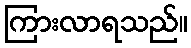
ကြားလာရသည်။